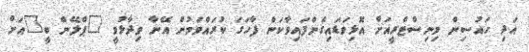
އަދި ހައުސިން މިނިސްޓްރީއަށް އޮޅިވަޑައިގެންފައިވާކަން ފާހަގަ ކުރައްވަމުން އޭނާ ވިދާޅުވީ "ޕްލޭން ބީ"އަށް